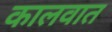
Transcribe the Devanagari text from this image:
कालवात